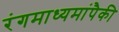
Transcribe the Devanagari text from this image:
रंगमाध्यमांपैकी